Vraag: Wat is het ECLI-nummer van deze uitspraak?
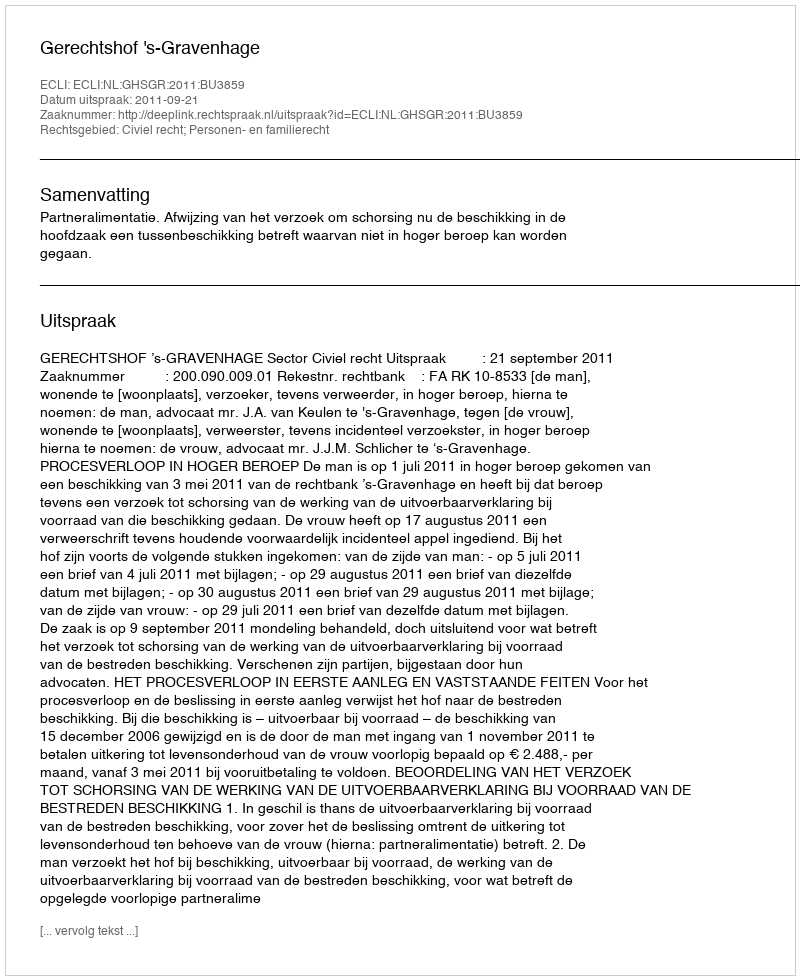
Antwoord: ECLI:NL:GHSGR:2011:BU3859